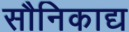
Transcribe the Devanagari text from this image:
सौनिकाद्य